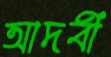
আদবী